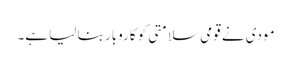
مودی نے قومی سلامتی کو کاروبار بنا لیا ہے۔